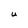
Character: U